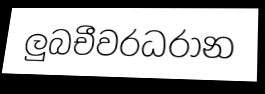
ලුබචීවරධරාන